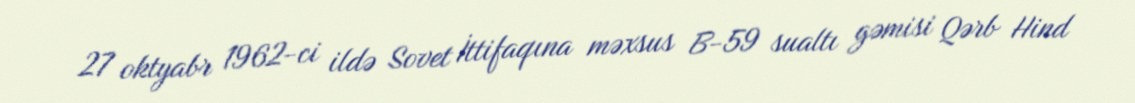
27 oktyabr 1962-ci ildə Sovet İttifaqına məxsus B-59 sualtı gəmisi Qərb Hind